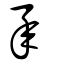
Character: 承